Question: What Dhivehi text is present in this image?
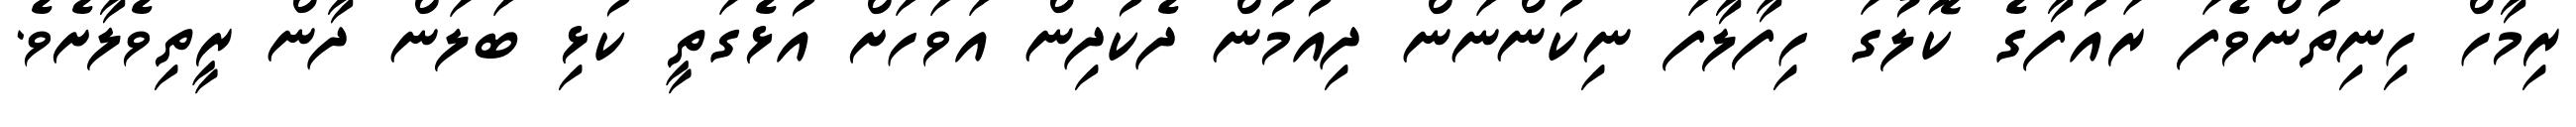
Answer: ރިމާހް ހިނިތުންވެފަ ރައުފާގެ ކޮލުގަ ހިފާލާފަ ނިކުންނަން ދިއުމުން ދެކުދިން އަވަހަށް އުޅެގަތީ ކުޅި ބަލަން ދާން ރީތިވެލާށެވެ.